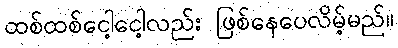
ထစ်ထစ်ငေါ့ငေါ့လည်း ဖြစ်နေပေလိမ့်မည်။